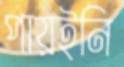
পায়ইনি